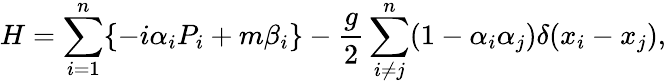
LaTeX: H=\sum_{i=1}^{n}\{ -i\alpha_{i}P_{i}+m\beta_{i}\} -\frac{g}{2}\sum_{i\neq j}^{n}(1-\alpha_{i}\alpha_{j})\delta(x_{i}-x_{j}),